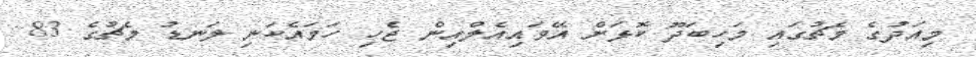
މިއަދުގެ މެޗުގައި މަހިބަދޫ ކޮޅަށް އޭވައިއެލްއިން ޖެހި ހަމައެކަނި ލަނޑު މެޗުގެ 83